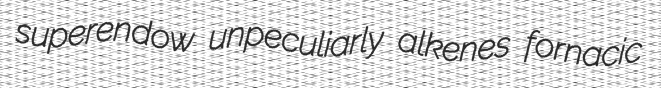
superendow unpeculiarly alkenes fornacic